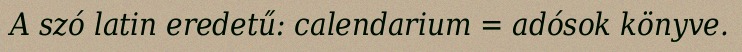
A szó latin eredetű: calendarium = adósok könyve.